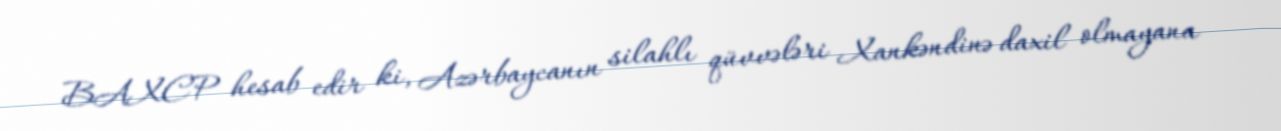
BAXCP hesab edir ki, Azərbaycanın silahlı qüvvələri Xankəndinə daxil olmayana